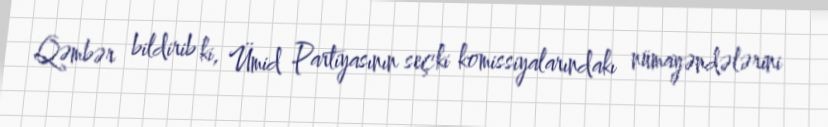
Qəmbər bildirib ki, Ümid Partiyasının seçki komissiyalarındakı nümayəndələrini